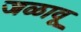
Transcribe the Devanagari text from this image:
जळावू